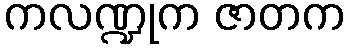
ကလဏ္ဍုက ဇာတက